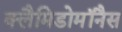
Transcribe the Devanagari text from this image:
क्लैमिडोमॉनैस